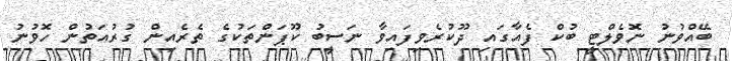
ބޭއްވުނު ނޮވެލްޓީ ބުކް ފެއާގައި ދޫކުރެވިފައިވާ ނަސީބު ކޫޕަންތަކުގެ ތެރެއިން ގުރުއަތުން ހޮވުނު